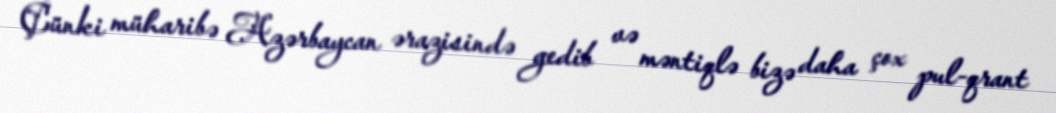
Çünki müharibə Azərbaycan ərazisində gedib və məntiqlə bizə daha çox pul-qrant